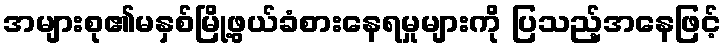
အများစု၏မနှစ်မြို့ဖွယ်ခံစားနေရမှုများကို ပြသည့်အနေဖြင့်